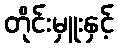
တိုင်းမှူးနှင့်